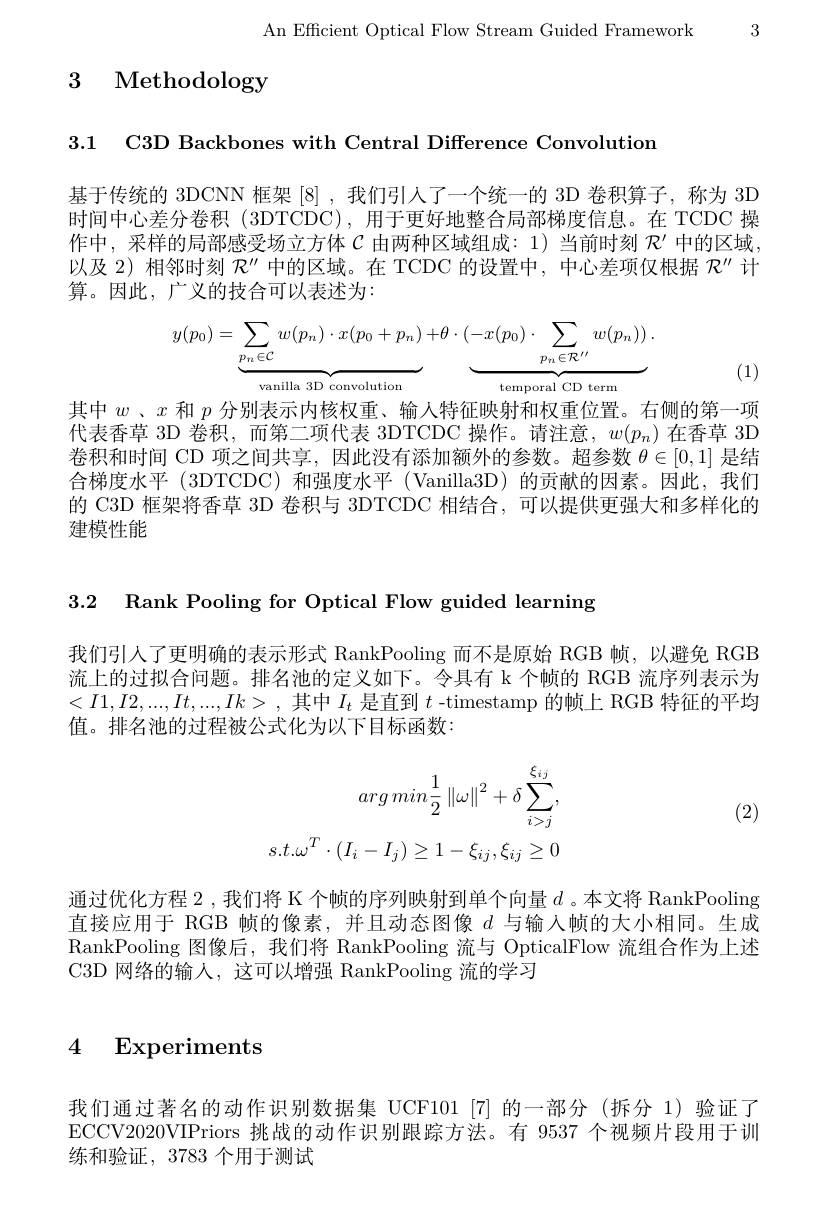
An Efficient Optical Flow Stream Guided Framework 3

# 3 Methodology

3.1 C3D Backbones with Central Difference Convolutiom

基于传统的 3DCNN 框架 [8],我们引入了一个统一的 3D 卷积算子，称为 3D 时间中心差分卷积(3DTCDC),用于更好地整合局部梯度信息。在 TCDC 操作中，采样的局部感受场立方体$C$由两种区域组成：1)当前时刻$\mathcal{R}^{\prime}$中的区域以及 2) 相邻时刻$\mathcal{R}^\prime\prime$中的区域。在 TCDC 的设置中，中心差项仅根据$\mathcal{R}^\prime\prime$计算。因此，广义的技合可以表述为：
$$y(p_0)=\underbrace{\sum\limits_{p_n\in\mathcal{C}}w(p_n)\cdot x(p_0+p_n)}_{\text{ill arp}}+\underbrace{\theta\cdot(-x(p_0)\cdot\sum\limits_{p_n\in\mathcal{R}^{\prime\prime}}w(p_n))}_{\text{ill arp}}.$$
(1)

其中$w$、$x$和$p$分别表示内核权重、输入特征映射和权重位置。右侧的第一项代表香草 3D 卷积，而第二项代表 3DTCDC 操作。请注意，$w(p_n)$在香草 3D 卷积和时间 CD 项之间共享，因此没有添加额外的参数。超参数$\theta\in[0,1]$是结合梯度水平 (3DTCDC) 和强度水平 (Vanilla3D) 的贡献的因素。因此，我们的 C3D 框架将香草 3D 卷积与 3DTCDC 相结合，可以提供更强大和多样化的建模性能

3.2 Rank Pooling for Optical Flow guided learning

我们引人了更明确的表示形式 RankPooling 而不是原始 RGB 帧，以避免 RGB 流上的过拟合问题。排名池的定义如下。令具有 k 个帧的 RGB 流序列表示为$<I1,I2,...,It,...,Ik>$,其中$I_t$ 是直到 $t$ -timestamp 的帧上 RGB 特征的平均值。排名池的过程被公式化为以下目标函数：

(2)
$$arg\:min\frac{1}{2}\left\|\omega\right\|^{2}+\delta\sum_{i>j}^{\xi_{ij}},\\s.t.\omega^{T}\cdot(I_{i}-I_{j})\geq1-\xi_{ij},\xi_{ij}\geq0$$
通过优化方程 2 , 我们将 K 个帧的序列映射到单个向量$d$ 。本文将 RankPooling 直接应用于 RGB 帧的像素，并且动态图像$d$与输入帧的大小相同。生成RankPooling 图像后，我们将 RankPooling 流与 OpticalFlow 流组合作为上述C3D 网络的输入，这可以增强 RankPooling 流的学习

## 4 Experiments

我们通过著名的动作识别数据集 UCF101[7]的一部分(拆分 1)验证了ECCV2020VIPriors 挑战的动作识别跟踪方法。有 9537 个视频片段用于训练和验证，3783 个用于测试